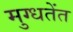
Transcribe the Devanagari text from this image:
मुग्धतेंत